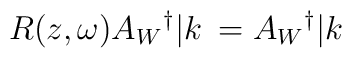
R(z,\omega)A_W{}^{\dag}|k\> = A_W{}^{\dag}|k\>